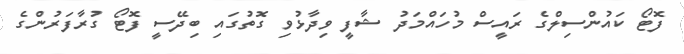
ފޮޓޯ ކައުންސިލްގެ ރައީސް މުހައްމަދު ޝާފީ ވިދާޅުވި ގޮތުގައި ބިދޭސީ ފޮޓޯ ގުރާފަރުންގެ